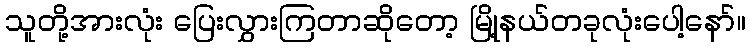
သူတို့အားလုံး ပြေးလွှားကြတာဆိုတော့ မြို့နယ်တခုလုံးပေါ့နော်။